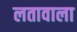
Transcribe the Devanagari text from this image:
लतावाला